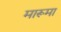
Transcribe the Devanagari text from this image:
मारूमा